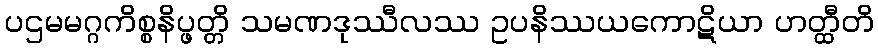
ပဌမမဂ္ဂကိစ္စနိပ္ဖတ္တိ သမဏဒုဿီလဿ ဥပနိဿယကောဋိယာ ဟတ္ထီတိ